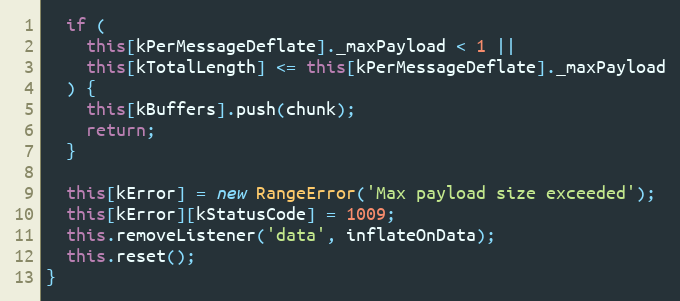
Language: JavaScript
  if (
    this[kPerMessageDeflate]._maxPayload < 1 ||
    this[kTotalLength] <= this[kPerMessageDeflate]._maxPayload
  ) {
    this[kBuffers].push(chunk);
    return;
  }

  this[kError] = new RangeError('Max payload size exceeded');
  this[kError][kStatusCode] = 1009;
  this.removeListener('data', inflateOnData);
  this.reset();
}